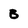
Character: B